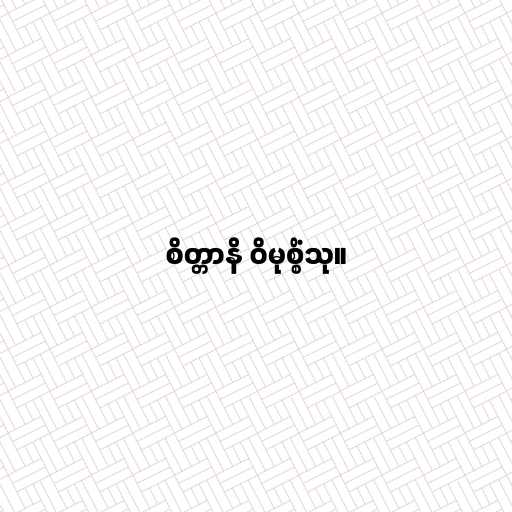
စိတ္တာနိ ဝိမုစ္စိံသု။